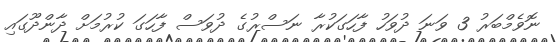
ނޮވެމްބަރު 3 ވަނަ ދުވަހު ފާހަގަކުރާ ނަސްރުގެ ދުވަސް ފާހަގަ ކުރުމަށް ދާންދޫގައި